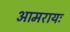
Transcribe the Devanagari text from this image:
आमरायः